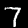
Digit: 7